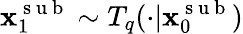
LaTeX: \mathbf{x}_{1}^{\mathrm{~s~u~b~}}\sim T_{q}(\cdot|\mathbf{x}_{0}^{\mathrm{~s~u~b~}})